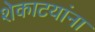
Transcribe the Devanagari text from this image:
शेकाटयांना